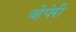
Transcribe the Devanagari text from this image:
व्हेपेरी